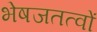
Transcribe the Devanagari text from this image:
भेषजतत्वों